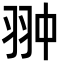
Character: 翀